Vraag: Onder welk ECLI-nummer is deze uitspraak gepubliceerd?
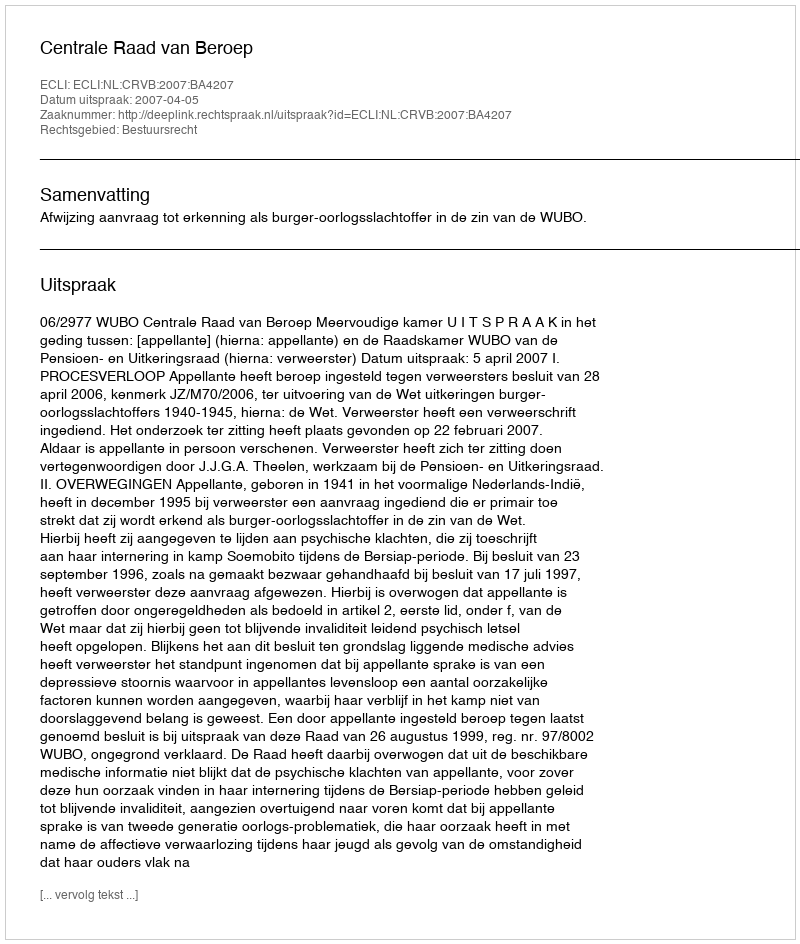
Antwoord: ECLI:NL:CRVB:2007:BA4207